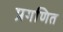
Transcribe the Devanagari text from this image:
प्रगणित